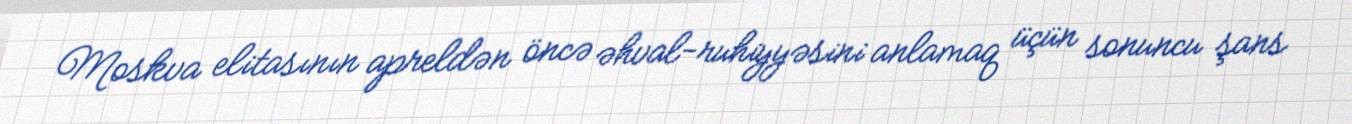
Moskva elitasının apreldən öncə əhval-ruhiyyəsini anlamaq üçün sonuncu şans